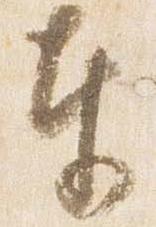
奉